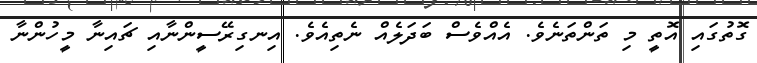
ގޮތުގައި އޮތީ މި ތަންތަނެވެ. އެއްވެސް ބަދަލެއް ނެތިއެވެ. އިނގިރޭސީންނާއި ޗައިނާ މީހުންނާ